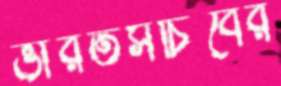
ভারতসচিবের